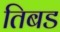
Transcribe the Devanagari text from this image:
तिबड